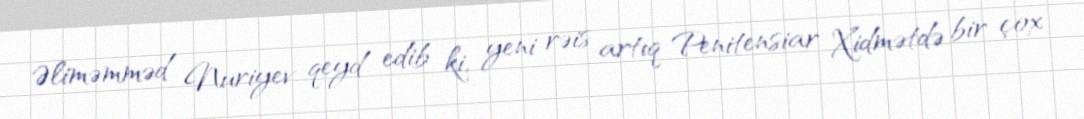
Əliməmməd Nuriyev qeyd edib ki, yeni rəis artıq Penitensiar Xidmətdə bir çox